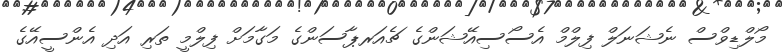
މޯލްޑިވްސް ނެޝަނަލް ފިލްމް އެސޯސިއޭޝަންގެ ޗެއަރޕާސަންގެ މަގާމަށް ފިލްމީ ތަރި އަދި އެންސީއޭގެ